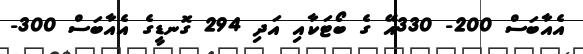
އެއާބަސް 200- 330އޭ ގެ ބޯޓަކާއި އަދި 294 ގޮނޑީގެ އެއާބަސް 300-